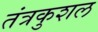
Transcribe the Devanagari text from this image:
तंत्रकुशल